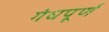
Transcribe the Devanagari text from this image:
गंधपूर्ण